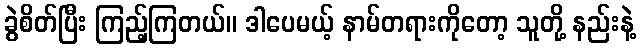
ခွဲစိတ်ပြီး ကြည့်ကြတယ်။ ဒါပေမယ့် နာမ်တရားကိုတော့ သူတို့ နည်းနဲ့